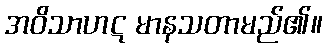
အဝိသာဟဋ မာနသတာမည်၏။